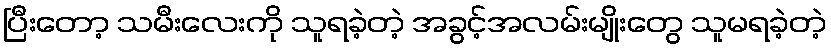
ပြီးတော့ သမီးလေးကို သူရခဲ့တဲ့ အခွင့်အလမ်းမျိုးတွေ သူမရခဲ့တဲ့